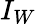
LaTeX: I_{W}